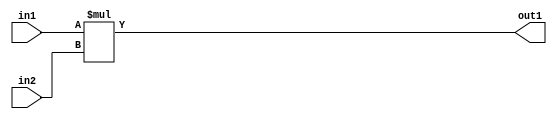
`timescale 1ps / 1ps
/*****************************************************************************
    Verilog RTL Description
    
    
    Created by: Stratus DpOpt 21.05.01 
*******************************************************************************/

module Filter_Mul_2Ux2U_4U_1 (
	in2,
	in1,
	out1
	); /* architecture "behavioural" */ 
input [1:0] in2,
	in1;
output [3:0] out1;
wire [3:0] asc001;

assign asc001 = 
	+(in1 * in2);

assign out1 = asc001;
endmodule

/* CADENCE  urjwQwg= : u9/ySxbfrwZIxEzHVQQV8Q== ** DO NOT EDIT THIS LINE ******/